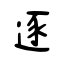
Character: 逐